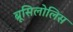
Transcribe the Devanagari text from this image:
ब्रूसिलोलिस